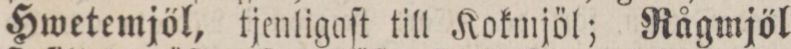
Hwetemjöl, tjenligaſt till Kokmjöl; Rågmjöl